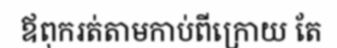
ឪពុករត់តាមកាប់ពីក្រោយ តែ